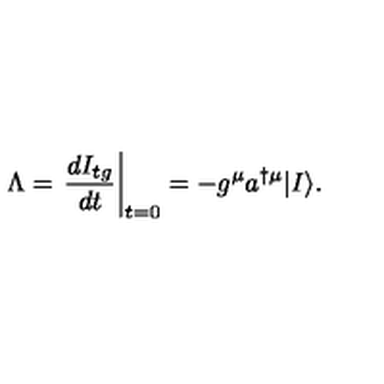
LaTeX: \Lambda = \left. \frac { d I _ { t g } } { d t } \right| _ { t = 0 } = - g ^ { \mu } a ^ { \dagger \mu } | I \rangle .